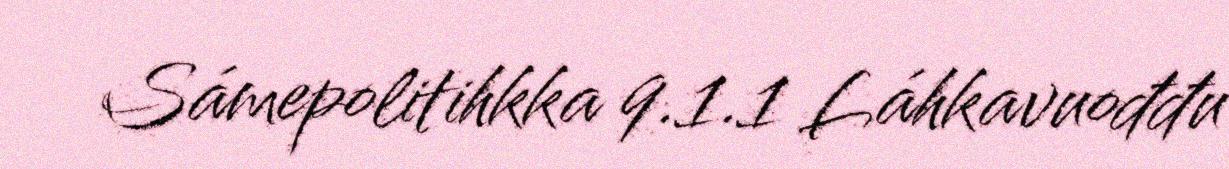
Sámepolitihkka 9.1.1 Láhkavuođđu